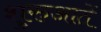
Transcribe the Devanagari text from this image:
शुरुआतें